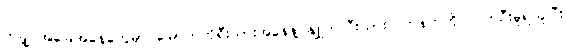
တချို့ အခြေအနေတွေမှာ မြောက်ကိုရီးယားအနေနဲ့ နျူကလီးယားလက်နက်ကို လက်ဦးမှုရယူပြီး